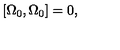
\left[ \Omega _ { 0 } , \Omega _ { 0 } \right] = 0 ,